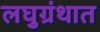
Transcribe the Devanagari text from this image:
लघुग्रंथात